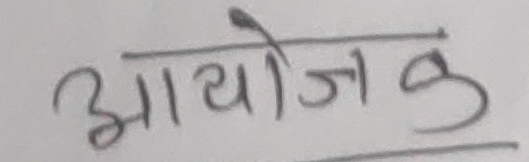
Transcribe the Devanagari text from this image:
आयोजक